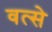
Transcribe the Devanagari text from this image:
वत्से